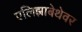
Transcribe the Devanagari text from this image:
एलिझाबेथेवर